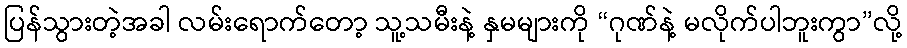
ပြန်သွားတဲ့အခါ လမ်းရောက်တော့ သူ့သမီးနဲ့ နှမများကို “ဂုဏ်နဲ့ မလိုက်ပါဘူးကွာ”လို့